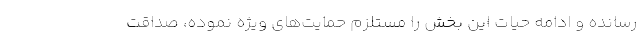
رسانده و ادامه حيات اين بخش را مستلزم حمايت‌هاي ويژه نموده، صداقت